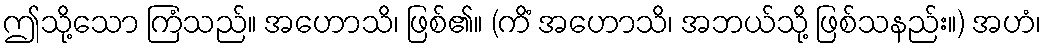
ဤသို့သော ကြံသည်။ အဟောသိ၊ ဖြစ်၏။ (ကိံ အဟောသိ၊ အဘယ်သို့ ဖြစ်သနည်း။) အဟံ၊